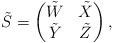
LaTeX: \begin{align*} \tilde{S}= \begin{pmatrix} \tilde{W} & \tilde{X} \\ \tilde{Y} & \tilde{Z} \end{pmatrix},\end{align*}